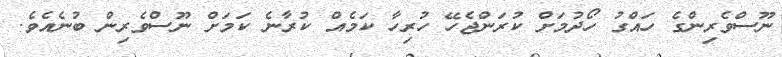
ނޫސްވެރިންގެ ހައްގު ހޯދުމަށް ކުރަންޖެހޭ ހުރިހާ ކަމެއް ކުރާނެ ކަމަށް ނޫސްވެރިން ބުނެއެވެ.